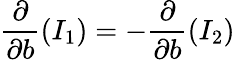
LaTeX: \frac{\partial}{\partial b}(I_{1})=-\frac{\partial}{\partial b}(I_{2})